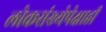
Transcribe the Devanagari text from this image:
लोकसंख्येपेक्षाही